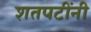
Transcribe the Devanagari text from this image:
शतपटींनी